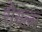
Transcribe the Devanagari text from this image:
रीयल्म